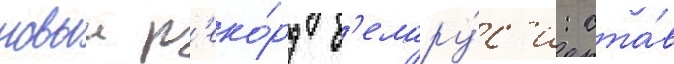
новыи р'еко́рд б'елару́с'и: ста́в